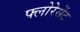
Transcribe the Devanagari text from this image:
फ्लोरेसेंट